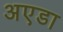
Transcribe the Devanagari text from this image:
अएडा